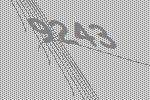
9243